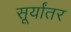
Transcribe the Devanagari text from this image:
सूर्यांतर